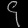
Digit: ၄